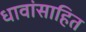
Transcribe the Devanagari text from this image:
धावांसाहित